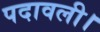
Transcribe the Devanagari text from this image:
पदावली।